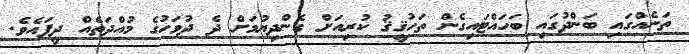
ތަނެއްގައި ބަންދުގައި ބަހައްޓައިގެން ތަހުޤީޤު ކުރިއަށް ގެންދިޔުމަށް ދެ ދުވަހުގެ މުއްދަތެއް ދީފައެވެ.